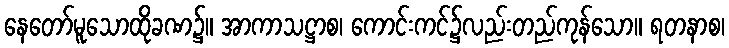
နေတော်မူသောထိုခဏ၌။ အာကာသဋ္ဌာစ၊ ကောင်းကင်၌လည်းတည်ကုန်သော။ ရတနာစ၊